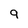
Character: 9